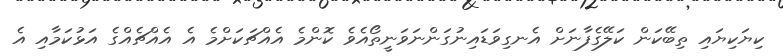
ކިޔަކިޔައި ތިބޭކަން ކަލޭގެފާނަށް އެނގިވަޑައިނުގަންނަވަނީތޯއެވެ ކޮންމެ އެއްޗަކަށްމެ އެ އެއްޗެއްގެ އަޅުކަމާއި އެ